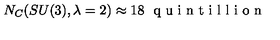
N _ { C } ( S U ( 3 ) , \lambda = 2 ) \approx 1 8 \ \textrm { q u i n t i l l i o n }